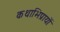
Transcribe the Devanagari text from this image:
कथाभिप्रायों